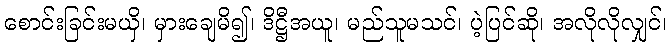
စောင်းခြင်းမယှိ၊ မှားချေမိ၍၊ ဒိဋ္ဌီအယူ၊ မည်သူမသင်၊ ပဲ့ပြင်ဆို၊ အလိုလိုလျှင်၊